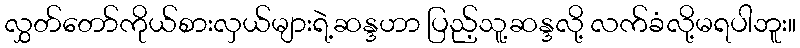
လွှတ်တော်ကိုယ်စားလှယ်များရဲ့ဆန္ဒဟာ ပြည့်သူ့ဆန္ဒလို့ လက်ခံလို့မရပါဘူး။